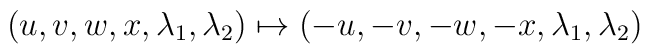
(u,v,w,x,\lambda_1,\lambda_2)\mapsto(-u,-v,-w,-x,\lambda_1,\lambda_2)